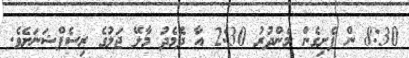
8:30 ން ފެށިގެން މެންދުރު 2:30 އާ ދެމެދު މާލޭ ޖަލުގެ ރިސެޕްޝަނަށެވެ.